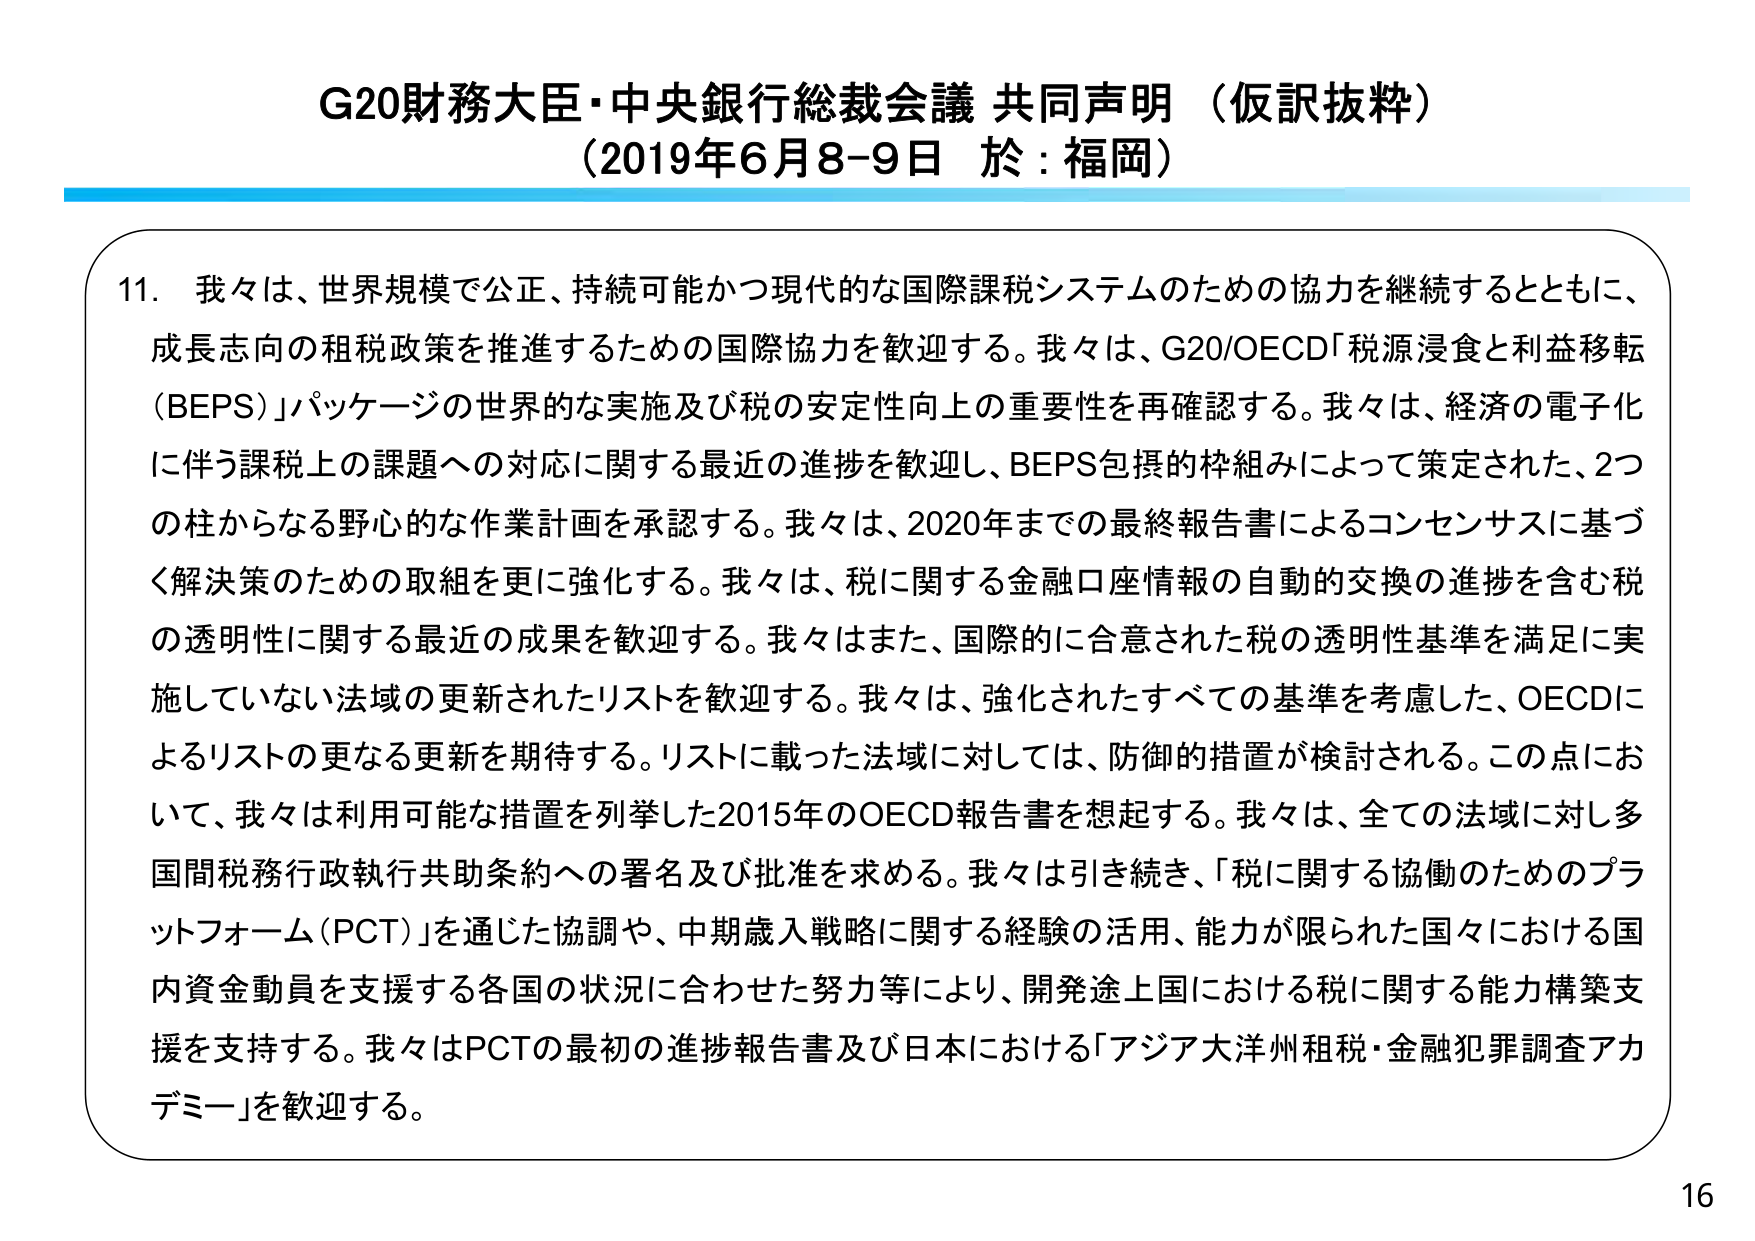
G20財務大臣・中央銀行総裁会議 共同声明（仮訳抜粋）
（2019年6月8-9日 於：福岡）

11．我々は、世界規模で公正、持続可能かつ現代的な国際課税システムのための協力を継続するとともに、成長志向の租税政策を推進するための国際協力を歓迎する。我々は、G20/OECD「税源浸食と利益移転（BEPS）」パッケージの世界的な実施及び税の安定性向上の重要性を再確認する。我々は、経済の電子化に伴う課税上の課題への対応に関する最近の進捗を歓迎し、BEPS包摂的枠組みによって策定された、2つの柱からなる野心的な作業計画を承認する。我々は、2020年までの最終報告書によるコンセンサスに基づく解決策のための取組を更に強化する。我々は、税に関する金融口座情報の自動的交換の進捗を含む税の透明性に関する最近の成果を歓迎する。我々はまた、国際的に合意された税の透明性基準を満足に実施していない法域の更新されたリストを歓迎する。我々は、強化されたすべての基準を考慮した、OECDによるリストの更なる更新を期待する。リストに載った法域に対しては、防御的措置が検討される。この点において、我々は利用可能な措置を列挙した2015年のOECD報告書を想起する。我々は、全ての法域に対し多国間税務行政執行共助条約への署名及び批准を求める。我々は引き続き、「税に関する協働のためのプラットフォーム（PCT）」を通じた協調や、中期歳入戦略に関する経験の活用、能力が限られた国々における国内資金動員を支援する各国の状況に合わせた努力等により、開発途上国における税に関する能力構築支援を支持する。我々はPCTの最初の進捗報告書及び日本における「アジア大洋州租税・金融犯罪調査アカデミー」を歓迎する。

16